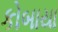
કોબાયા